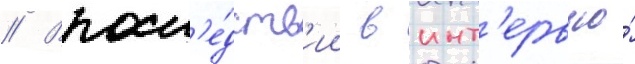
// Впосл'е́дств'ии в инт'ервью́